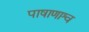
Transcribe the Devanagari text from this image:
पाषाणाश्व